Elephants and their diseases
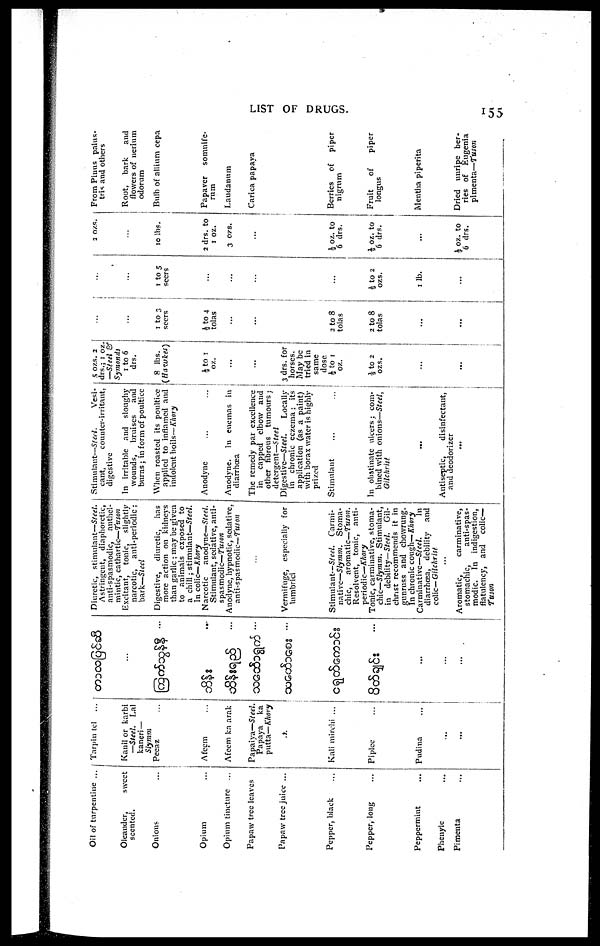
LIST OF DRUGS.
155
Oil of turpentine ...
Oleander,
sweet
scented.
Onions
Opium
Opium tincture ...
Papaw tree leaves
Papaw tree jnice ...
Pepper, black
Pepper, long
Peppermint
Phenyle
Pimenta
Tarpin tel
Kanil or karbi
—Steel. Lal
kaneri —
Slymm
Peeaz
Afeem
Afeem ka arak
Papaiya—Steel.
Papaya ka
putta—Khory
Kali mirchi ...
Piplee
Pndina
...
...
...
...
...
Diuretic, stimulant—Steel.
Astringent, diaphoretic,
anti-spasmodic, anthel-
mintic, cathartic—Tuson
Excitant, tonic, slightly
narcotic, anti-periodic:
bark—Steel
Digestive, diuretic, has
more action on kidneys
than garlic; may be given
to animals exposed to
a chill; stimulant—Steel.
In colic—Khory
Narcotic anodyne—Steel.
Stimulant, sedative, anti-
spasmodic—Tuson
Anodyne, hypnotic, sedative,
anti-spasmodic—Tuson
...
Vermifuge, especially for
lumbrici
Stimulant— Steel. Carmi-
native—Slymm. Stoma-
chic, . aromatic—Tuson.
Resolvent, tonic, anti-
periodic—Khory
Tonic, carminative, stoma-
chic—Slymm. Stimulant,
in debility— Steel. Gil-
christ recommends it in
gunruss and chowrung.
In chronic cough—Khory
Carminative—Steel.
In
diarrhoea, debility and
colic— Gilchrist
...
Aromatic,
carminative,
stomachic,
anti-spas-
modic. In indigestion,
flatulency, and colic—
Tuson
Stimulant—Steel.
Vesi-
cant,
counter-irritant,
digestive
In irritable and sloughy
wounds, bruises and
burns; in form of poultice
When roasted its poultice
applied to inflamed and
indolent boils—Khory
Anodyne
Anodyne. In enemas in
diarrhoea
The remedy par excellence
in capped elbow and
other fibrous tumours ;
detergent—Steel
Digestive—Steel.
Locally
in chronic eczema; it's
application (as a paint)
with borax water is highly
prized
Stimulant
In obstinate ulcers; com-
bined with onions—Steel,
Gilchrist
...
Antiseptic,
disinfectant,
and deodorizer
...
5 ozs. 2
drs.; 1 oz
—Steel &
Symonds
1 to 6
drs.
8 lbs.
(Hawkes)
½ to 1
oz.
....
3 drs. for
horses.
May be
tried in
same
dose
½ to 1
oz.
½ to 2
ozs.
...
....
....
1 to 3
seers
½to 4
tolas
...
...
...
2 to 8
tolas
2 to 8
tolas
...
...
...
...
1 to 5
seers
...
...
....
...
....
½ to 2
ozs.
1 lb.
...
2 ozs.
...
10 lbs.
2 drs. to
1 oz.
3 ozs.
...
..
½ oz. to
6 drs.
½ oz. to
6 drs.
....
½ oz. to
6 drs.
From Pinus palus¬
tris and others
Root, bark and
flowers of nerium
odorum
Bulb of allium cepa
Papaver somnife¬
rum
Laudanum
Carica papaya
..
Berries of piper
nigrum
Fruit
of
piper
longus
Mentha piperita
Dried unripe ber¬
ries of Eugenia
pimenta—Tuson